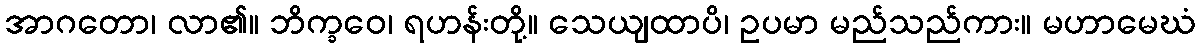
အာဂတော၊ လာ၏။ ဘိက္ခဝေ၊ ရဟန်းတို့။ သေယျထာပိ၊ ဥပမာ မည်သည်ကား။ မဟာမေဃံ